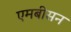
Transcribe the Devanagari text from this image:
एमबीसन